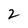
Character: 2